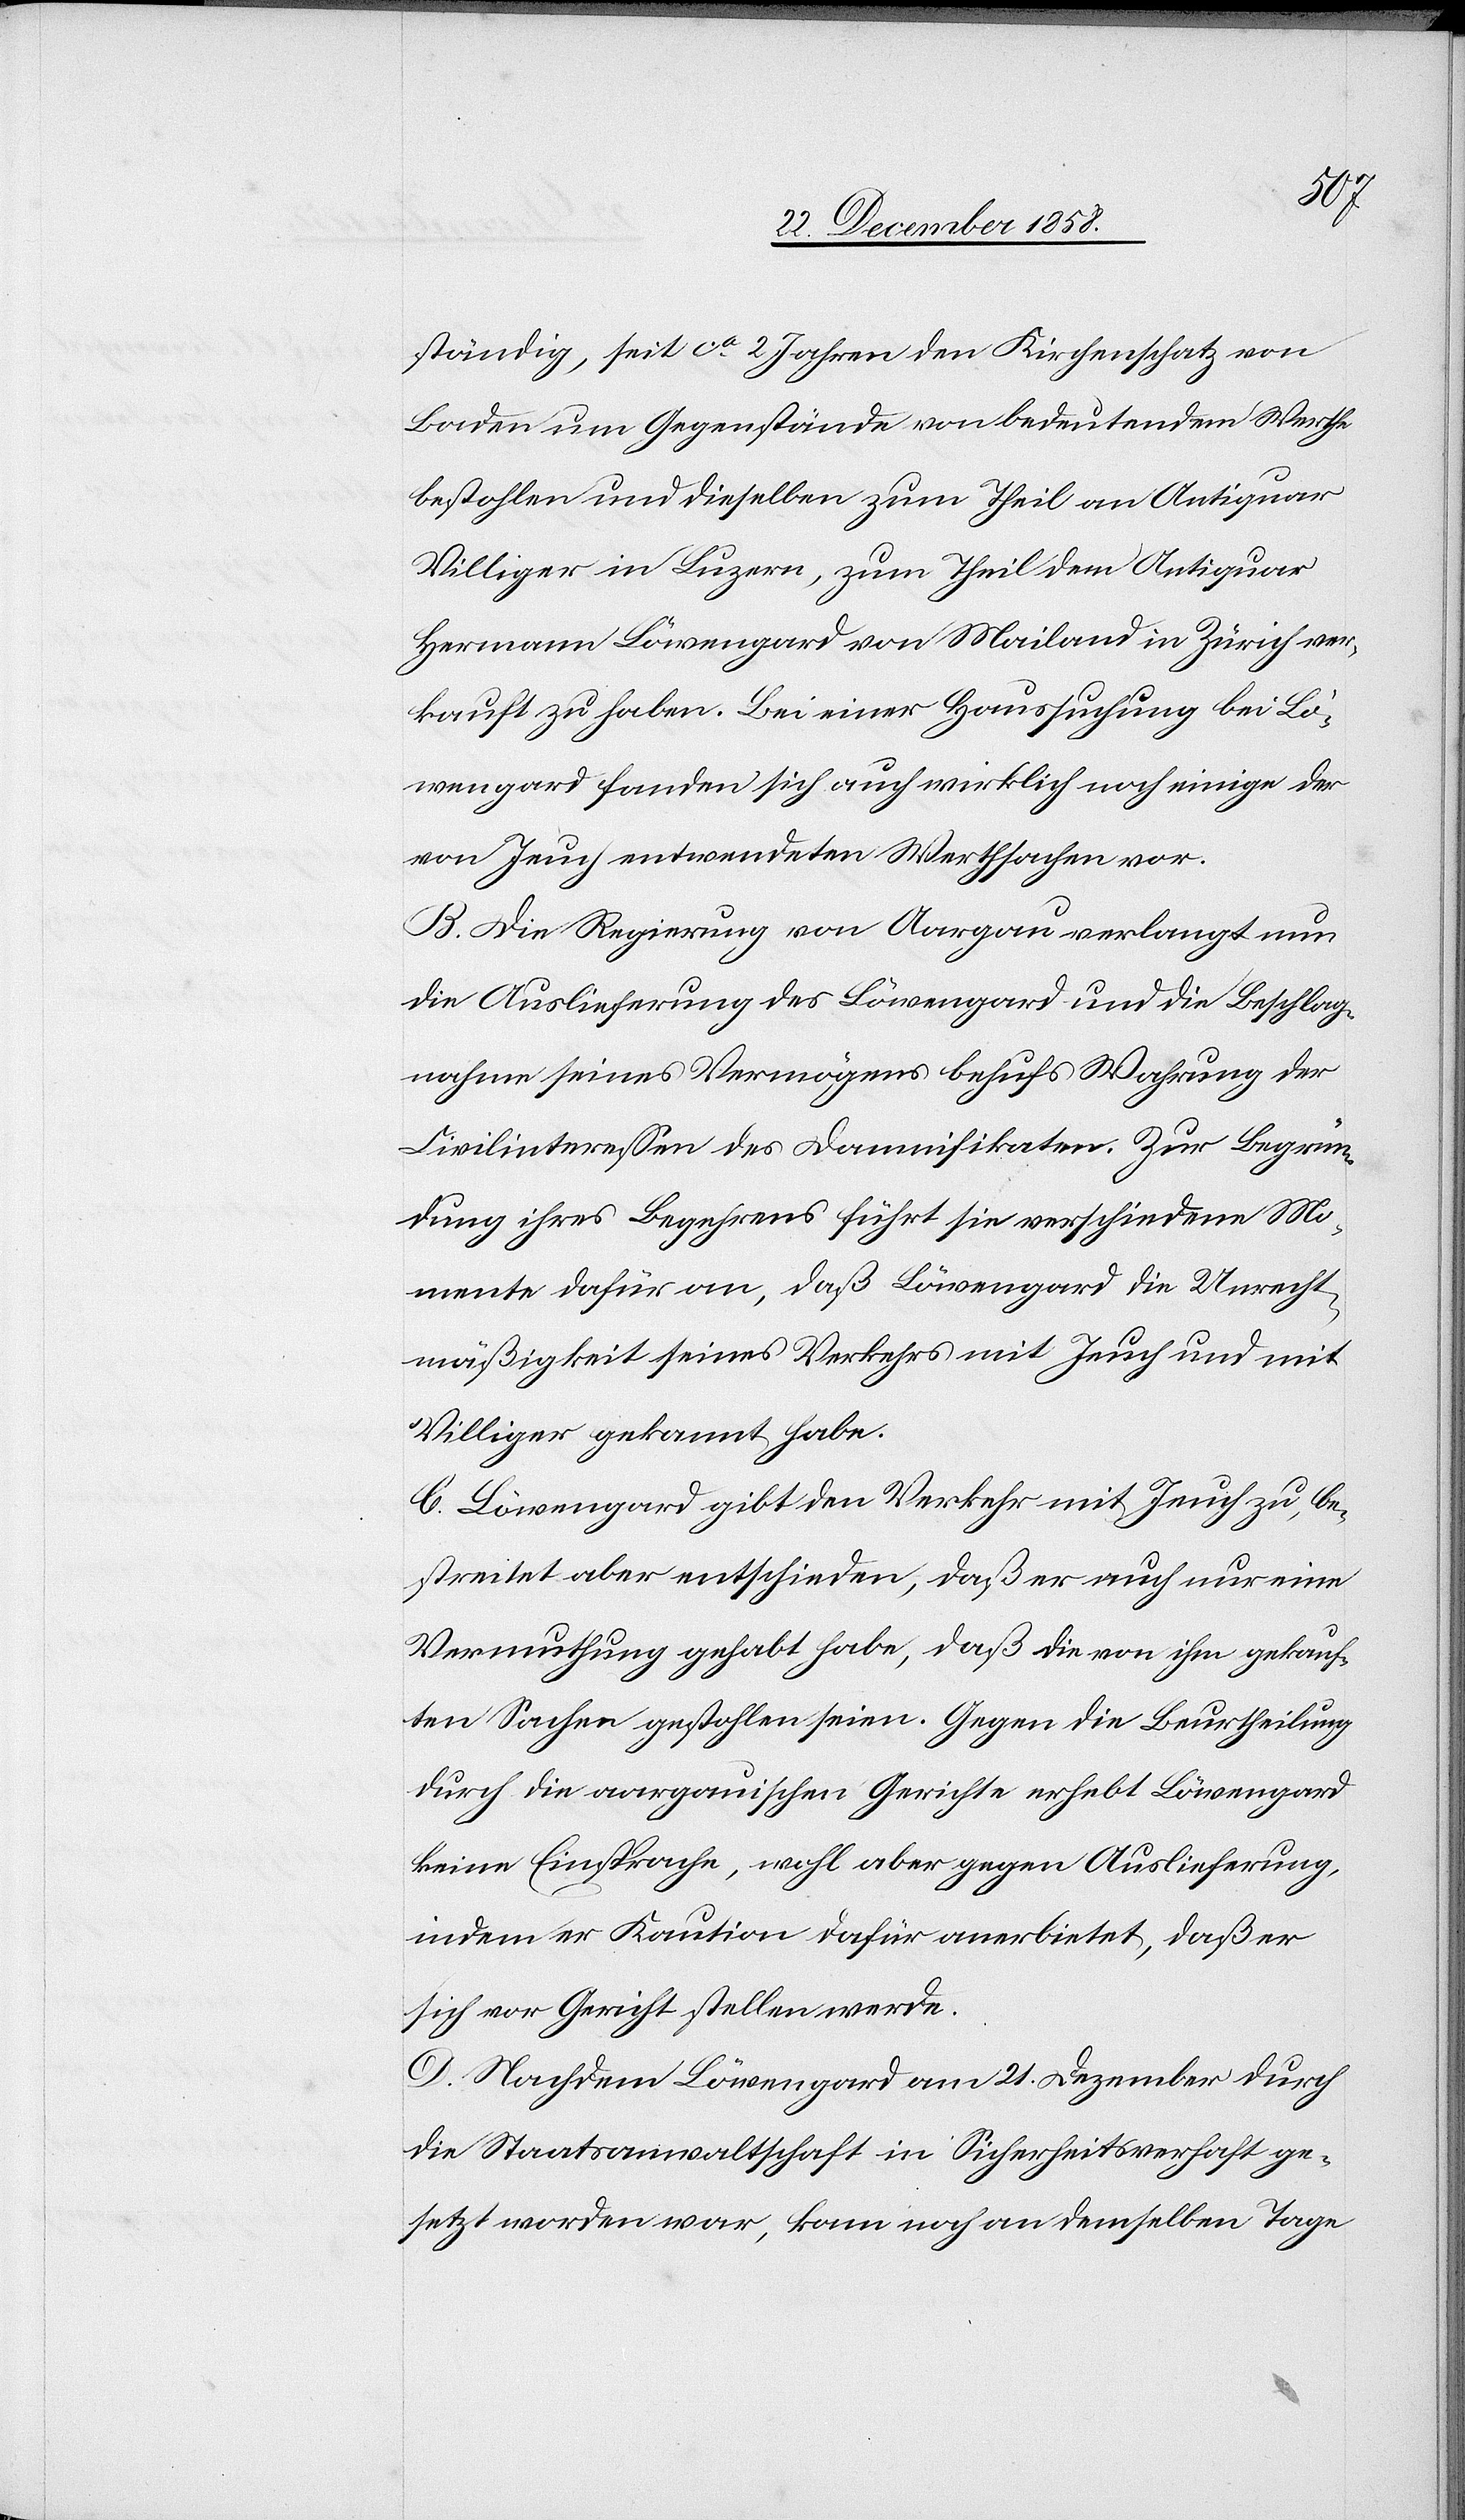
die